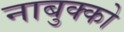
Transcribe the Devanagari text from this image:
नाबुक्को